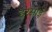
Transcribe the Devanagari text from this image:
हरसाईं